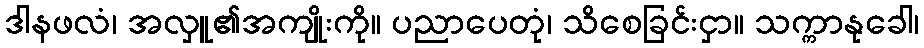
ဒါနဖလံ၊ အလှူ၏အကျိုးကို။ ပညာပေတုံ၊ သိစေခြင်းငှာ။ သက္ကာနုခေါ၊